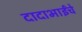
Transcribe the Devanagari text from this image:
दादाभाईंचे